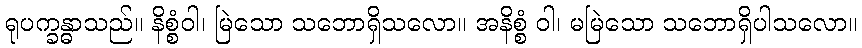
ရုပက္ခန္ဓာသည်။ နိစ္စံဝါ၊ မြဲသော သဘောရှိသလော။ အနိစ္စံ ဝါ၊ မမြဲသော သဘောရှိပါသလော။